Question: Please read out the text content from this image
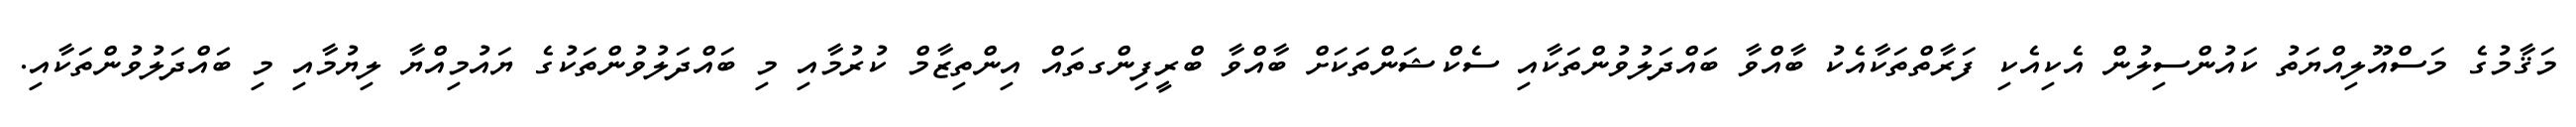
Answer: މަޤާމުގެ މަސްއޫލިއްޔަތު ކައުންސިލުން އެކިއެކި ފަރާތްތަކާއެކު ބާއްވާ ބައްދަލުވުންތަކާއި ސެކްޝަންތަކަށް ބާއްވާ ބްރީފިންގތައް އިންތިޒާމް ކުރުމާއި މި ބައްދަލުވުންތަކުގެ ޔައުމިއްޔާ ލިޔުމާއި މި ބައްދަލުވުންތަކާއި.